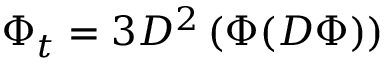
\Phi _ { t } = 3 D ^ { 2 } \left( \Phi ( D \Phi ) \right)